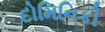
દોમિનિકી